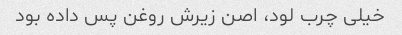
خیلی چرب لود، اصن زیرش روغن پس داده بود